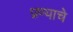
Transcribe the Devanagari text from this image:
प्रण्याचे